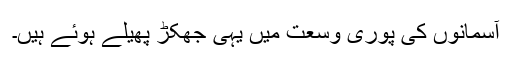
آسمانوں کی پوری وسعت میں یہی جھکڑ پھیلے ہوئے ہیں۔